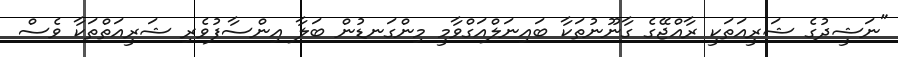
"ނަޝީދުގެ ޝަރީއަތަކީ ރާއްޖޭގެ ގާނޫނުތަކާ ބައިނަލްއަގްވާމީ މިންގަނޑުން ބަލާ އިންސާފުވެރި ޝަރީއަތްތަކާ ވެސް